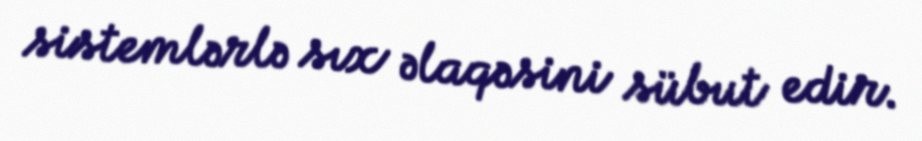
sistemlərlə sıx əlaqəsini sübut edir.